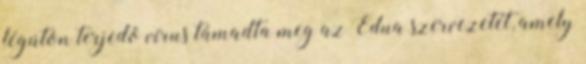
légúton terjedõ vírus támadta meg az Edua szervezetét, amely